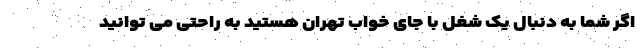
اگر شما به دنبال یک شغل با جای خواب تهران هستید به راحتی می توانید